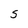
Character: S